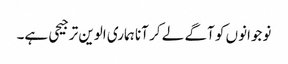
نوجوانوں کو آگے لے کر آنا ہماری الوین ترجیحی ہے۔